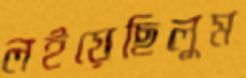
লইয়েছিলুম